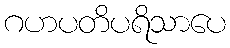
ဂဟပတိပရိသာပေ